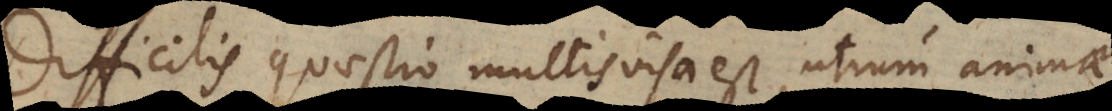
Difficilis quaestio multis visa est, utrum animae